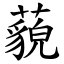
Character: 藐